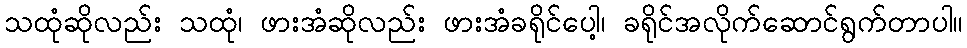
သထုံဆိုလည်း သထုံ၊ ဖားအံဆိုလည်း ဖားအံခရိုင်ပေါ့၊ ခရိုင်အလိုက်ဆောင်ရွက်တာပါ။